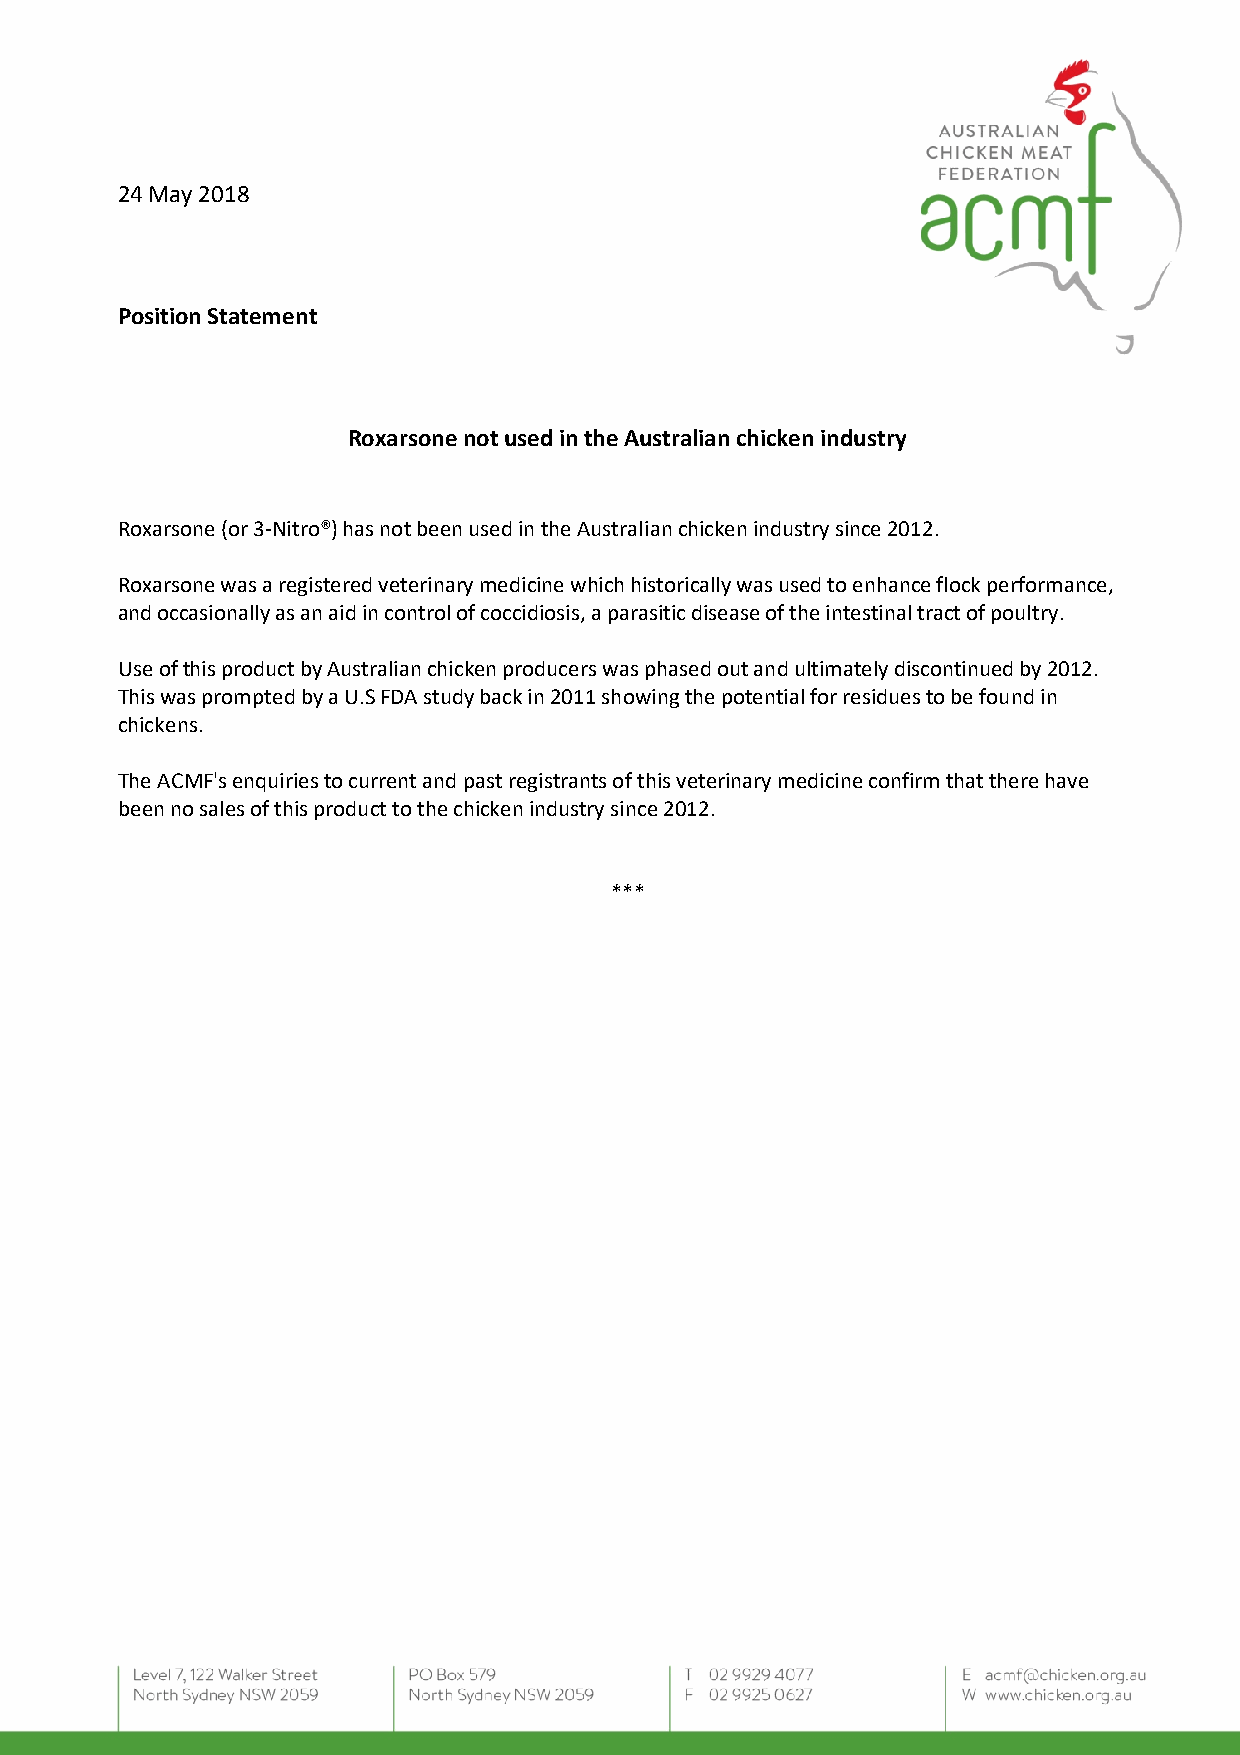
24 May 2018
 Position Statement
 Roxarsone not used in the Australian chicken industry
 Roxarsone (or 3-Nitro®) has not been used in the Australian chicken industry since 2012.
 Roxarsone was a registered veterinary medicine which historically was used to enhance flock performance,
 and occasionally as an aid in control of coccidiosis, a parasitic disease of the intestinal tract of poultry.
 Use of this product by Australian chicken producers was phased out and ultimately discontinued by 2012.
 This was prompted by a U.S FDA study back in 2011 showing the potential for residues to be found in
 chickens.
 The ACMF's enquiries to current and past registrants of this veterinary medicine confirm that there have
 been no sales of this product to the chicken industry since 2012.
 ***